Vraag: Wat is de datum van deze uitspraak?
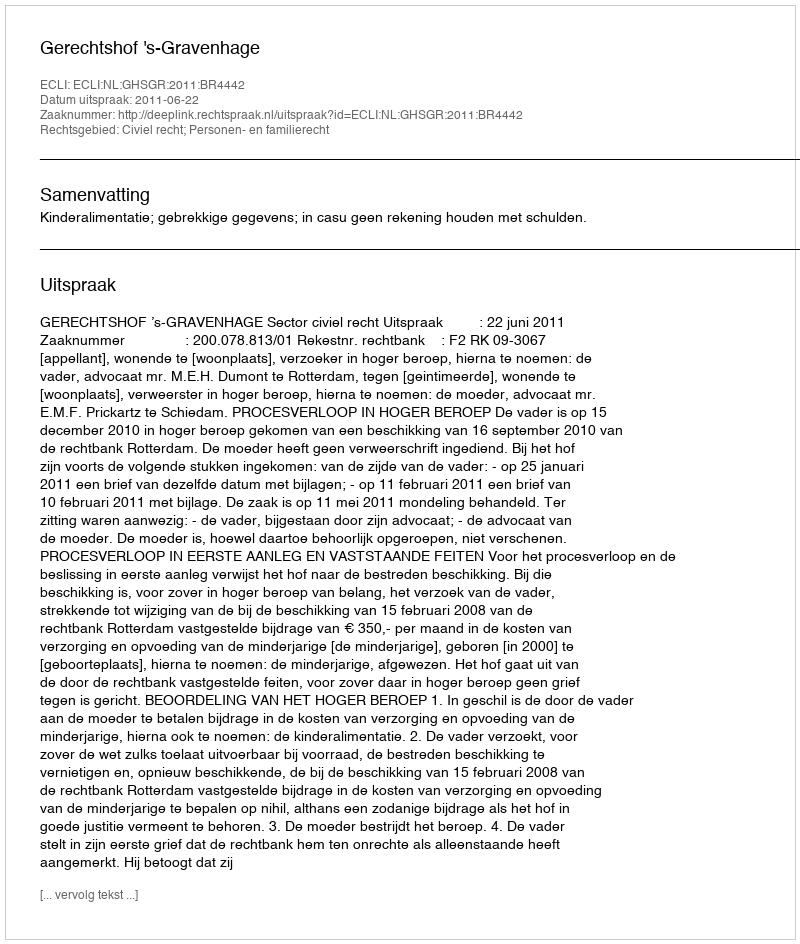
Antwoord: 2011-06-22